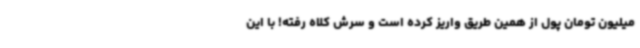
میلیون تومان پول از همین طریق واریز کرده است و سرش کلاه رفته! با این